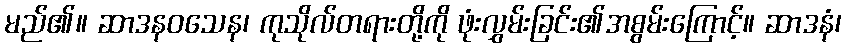
မည်၏။ ဆာဒနဝသေန၊ ကုသိုလ်တရားတို့ကို ဖုံးလွှမ်းခြင်း၏အစွမ်းကြောင့်။ ဆာဒနံ၊